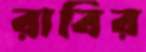
রাবির